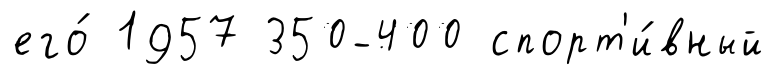
его́ 1957 350-400 спорт'и́вный